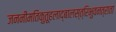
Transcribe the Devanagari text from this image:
जननीमतिकुतूहलाद्बालस्त्रिभुवनत्राता